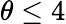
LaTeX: \theta\leq 4